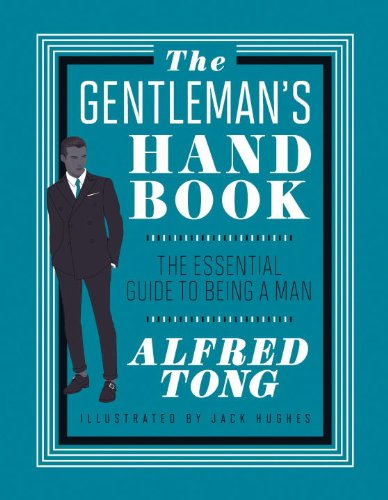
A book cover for The Gentleman's Handbook: The Essential Guide to Being a Man; Alfred Tong; Health, Fitness & Dieting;